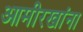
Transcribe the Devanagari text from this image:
आमीरखांना